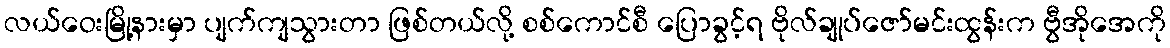
လယ်ဝေးမြို့နားမှာ ပျက်ကျသွားတာ ဖြစ်တယ်လို့ စစ်ကောင်စီ ပြောခွင့်ရ ဗိုလ်ချုပ်ဇော်မင်းထွန်းက ဗွီအိုအေကို